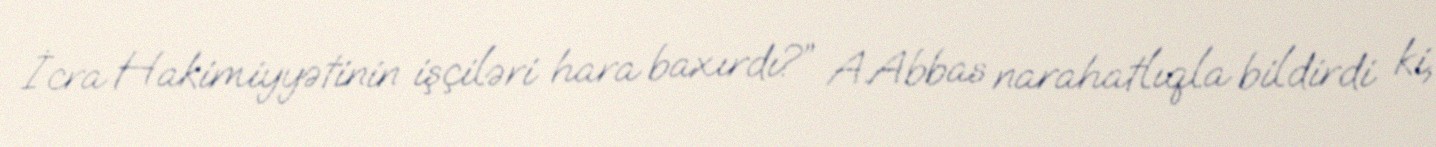
İcra Hakimiyyətinin işçiləri hara baxırdı?” A.Abbas narahatlıqla bildirdi ki,